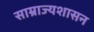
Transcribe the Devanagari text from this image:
साम्राज्यशासन